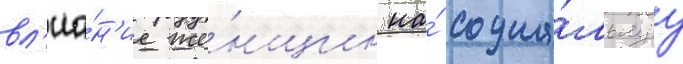
вл'иа́н'ие же́нщин на́ социа́льнуу